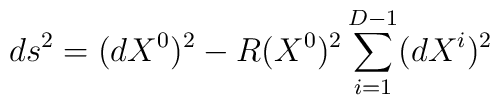
ds^2 = (dX^0)^2 - R(X^0)^2 \sum_{i=1}^{D-1}(dX^i)^2